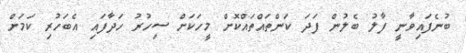
ބުނެފައިވާނީ ފާލު ބެލުން ފަދަ ކަންތައްތައްކޮށް މީހަކަށް ސިހުރު ހަދާފައި އެބަހުރި ކަމަށް